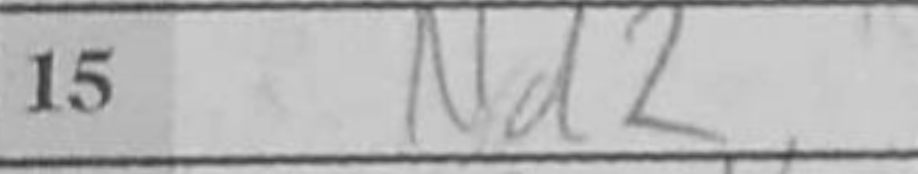
Transcription: Nd2